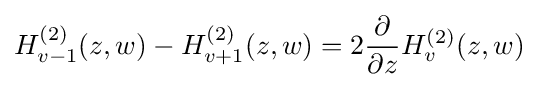
H_{v-1}^{(2)}(z,w)-H_{v+1}^{(2)}(z,w)=2{\dfrac {\partial }{\partial z}}H_{v}^{(2)}(z,w)